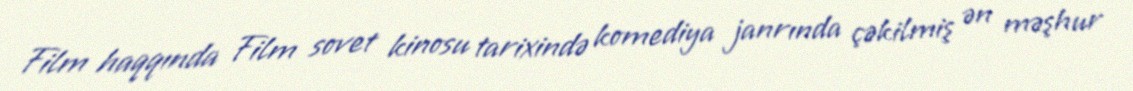
Film haqqında Film sovet kinosu tarixində komediya janrında çəkilmiş ən məşhur